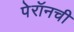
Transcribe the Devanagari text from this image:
पेरॉनची